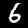
Label: 6